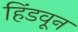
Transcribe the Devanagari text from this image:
हिंडवून